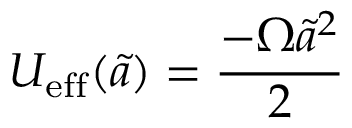
U _ { \mathrm { e f f } } ( { \tilde { a } } ) = { \frac { - \Omega { \tilde { a } } ^ { 2 } } { 2 } }